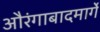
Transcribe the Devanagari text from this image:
औरंगाबादमार्गे